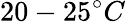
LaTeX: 20-25^{\circ}C